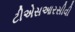
ટીએસઆરસીવી